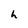
Character: h